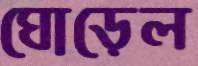
ঘোড়েল